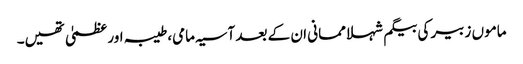
ماموں زبیر کی بیگم شہلا ممانی ان کے بعد آسیہ مامی، طیبہ اور عظمیٰ تھیں۔